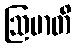
ဩမာတိ